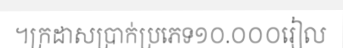
។ក្រដាសប្រាក់ប្រភេទ១០.០០០រៀល